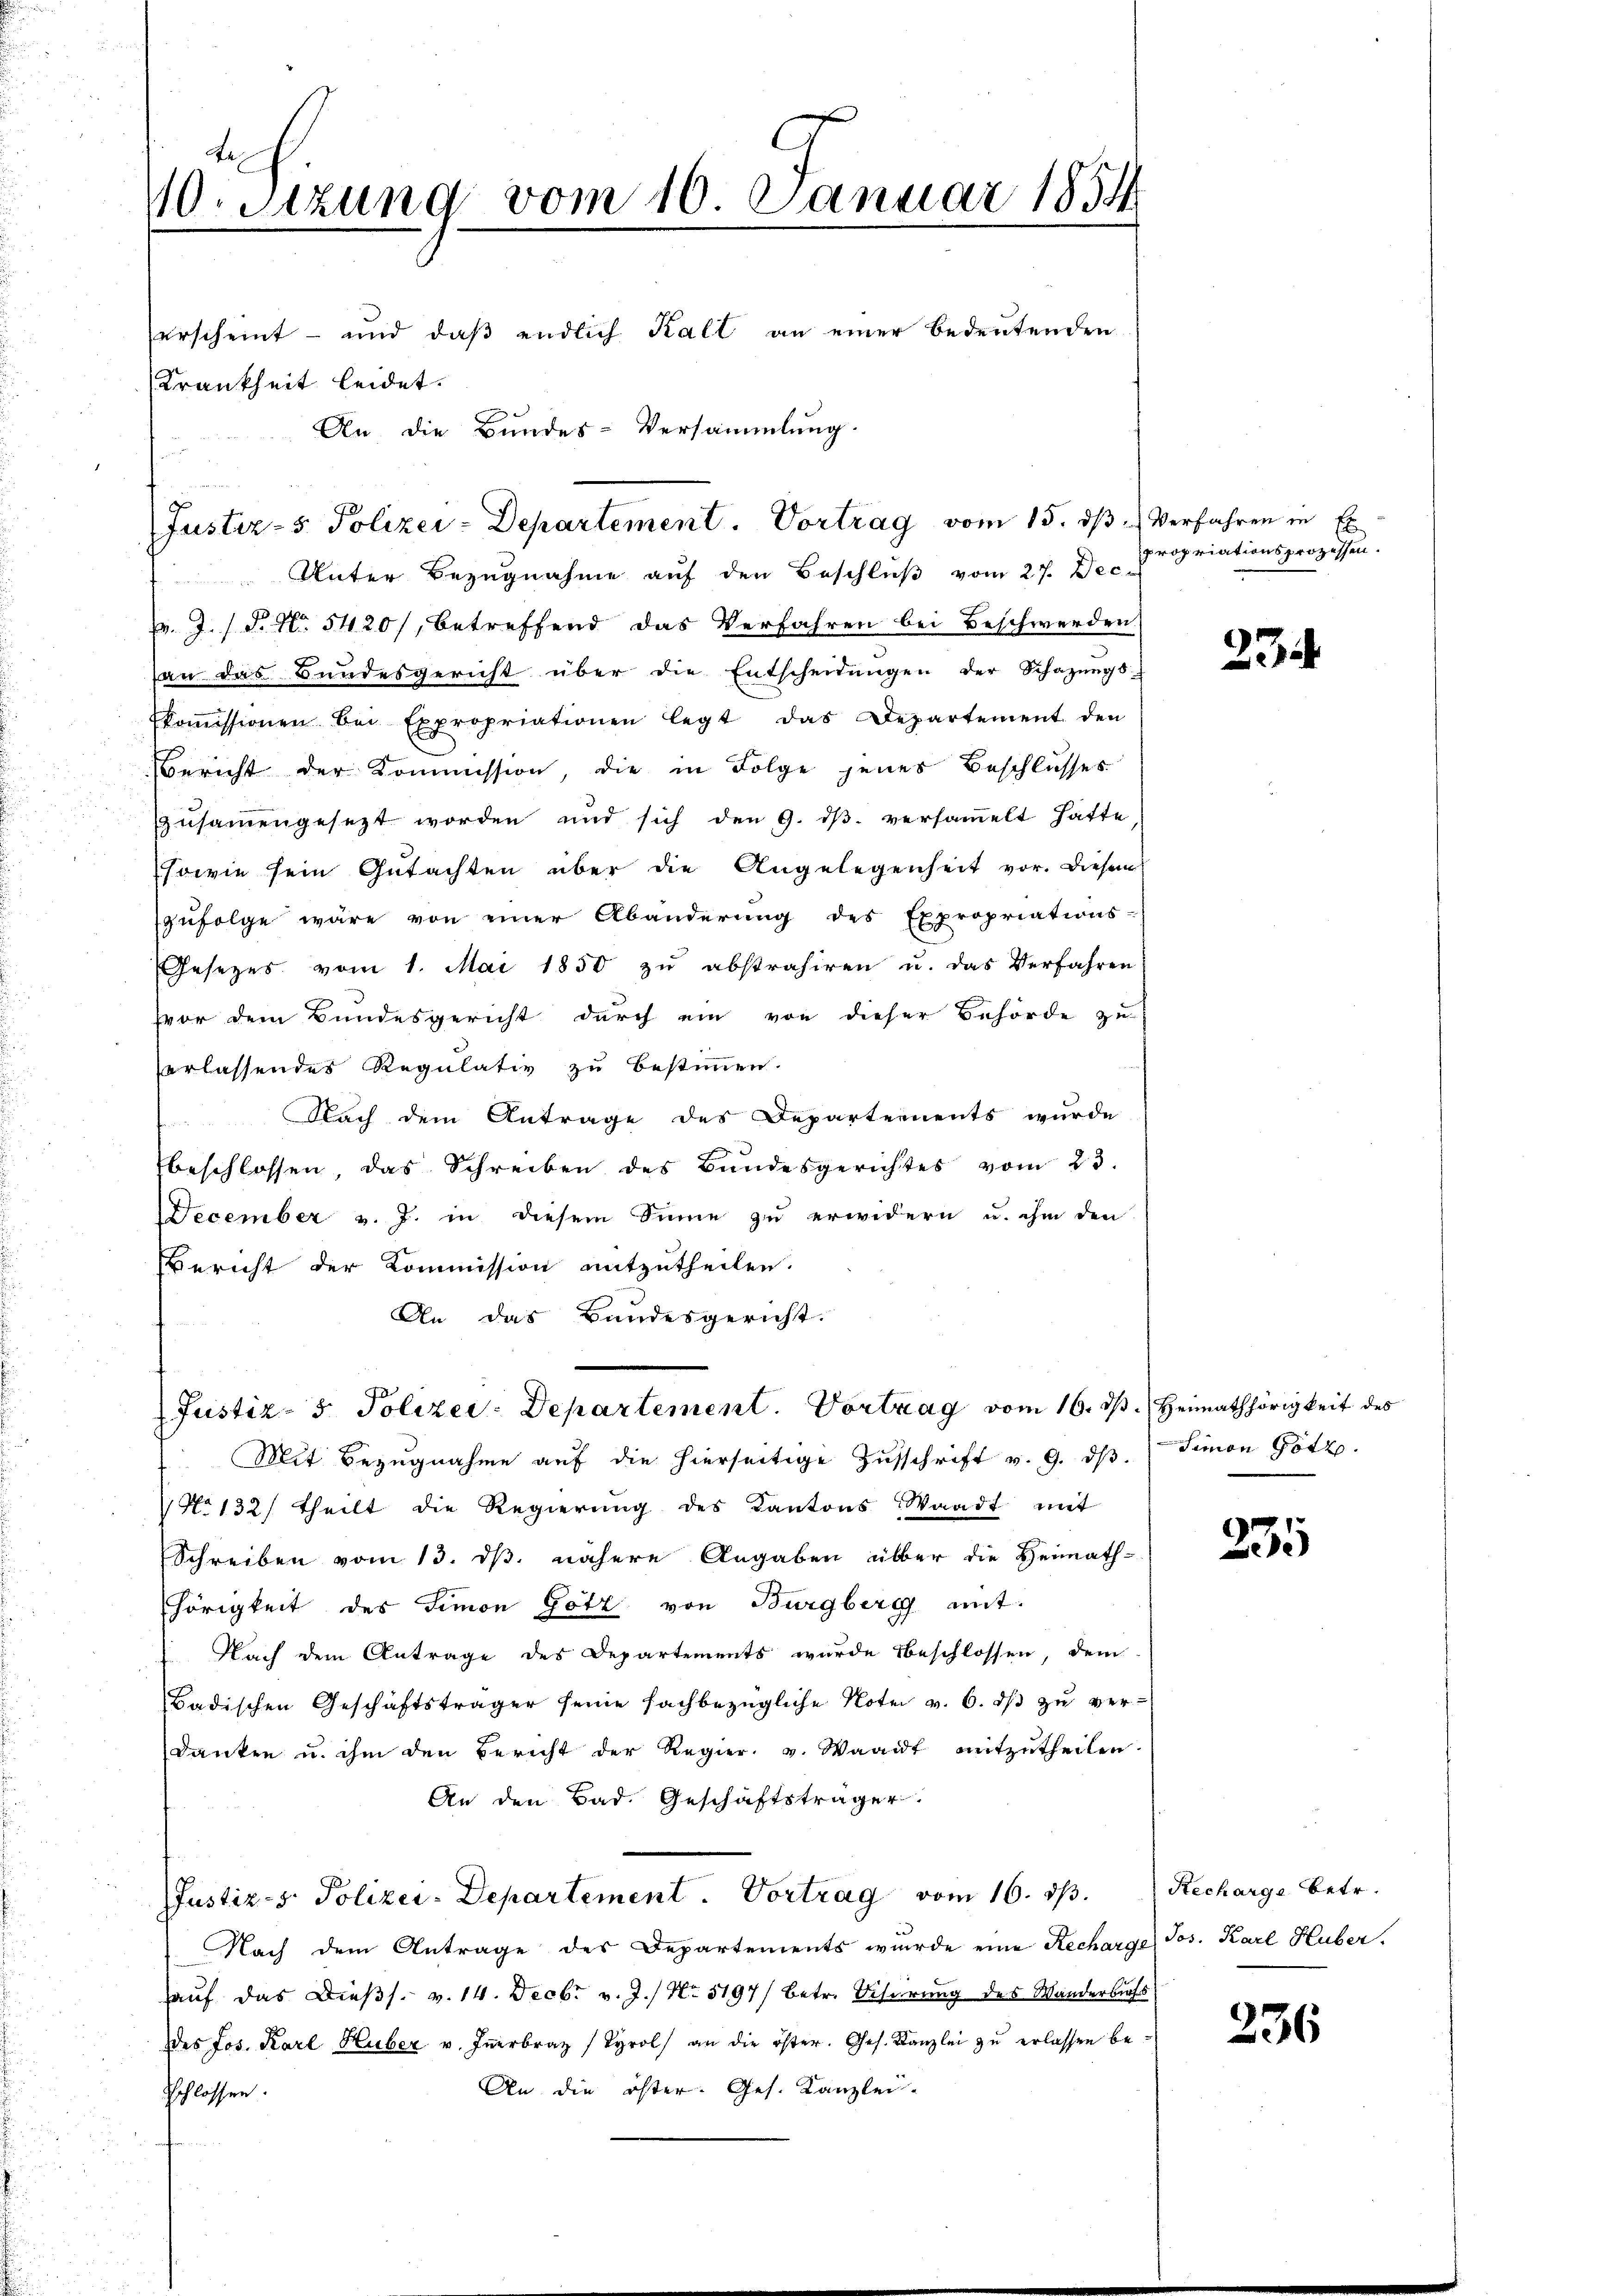
L
10 sizung vom 10. Januar 1854
erscheint - und daß endlich Kalt an einer bedeutenden
Krankheit leidet.
An die Bundes-Versammlung.

Unter Bezugnahme auf den Beschluß vom 27. Dec.
v. J. J. P. Nr. 5420/, betreffend das Verfahren bei Beschwerden
an das Bundesgericht über die Entscheidŭngen der Schazungs-
koṁissionen Bei Expropriationen legt das Departement den
Bericht der Kommission, die in Folge jenes Beschlusses
zusammengesezt worden und sich den 9. dβ. versaṁelt hatte
sowie sein Gutachten über die Angelegenheit vor. Diesem
zufolge wäre von einer Abänderung des Expropriations-
Gesetzes vom 1. Mai 1850 zŭ abstrahiren u. das Verfahren
zvor dem Bundesgericht durch ein von dieser Behörde zu
erlassendes Regulativ zu bestimmen.
Nach dem Antrage des Departements wurde
beschlossen, das Schreiben des Bundesgerichtes vom 23.
December v. J. in diesem Sinne zu erwidern u. ihm den
Bericht der Kommission mitzutheilen.
An das Bandesgericht.

Justiz- & Polizei-Departement. Vortrag vom 15. ds Verfahren in Er

Justiz- & Polizei-Departement. Vortrag vom 16. d.

propriationsprozessen.

Mit Bezugnahme auf die hierseitige Zŭschrift v. 9. dβ. Seinen Götz
No 132) theilt die Regierung des Kantons Waadt mit
Schreiben vom 13. ds. nähere Angaben über die Heimath-
hörigkeit des Simon Götz von Burgberg mit
Nach dem Antrage des Departements wurde beschlossen, dem
Badischen Geschäftsträger seine fachbezügliche Note v. 6. ds zu verdanken u. ihm den Bericht der Regier, u. Waadt mitzŭtheilen.
An den Bad. Geschäftsträger
Justiz- & Polizei-Departement. Vortrag vom 16. d. Recharge betr.
Nach dem Antrage des Departements wurde eine Recharge Jos. Karl Huber.
hauf das Dießs. v. 14. Decbr v. J.) No 5197/ Betr. Biserung des Wanderbuchs
des Jos. Karl Huber v. Iṅerbraz (Tyrol an die öster. Ges. Kanzlei zŭ erlassen be¬
An die öster Ges. Kanzlei-
Schlossen.

234

3. Heimathörigkeit des

235

236